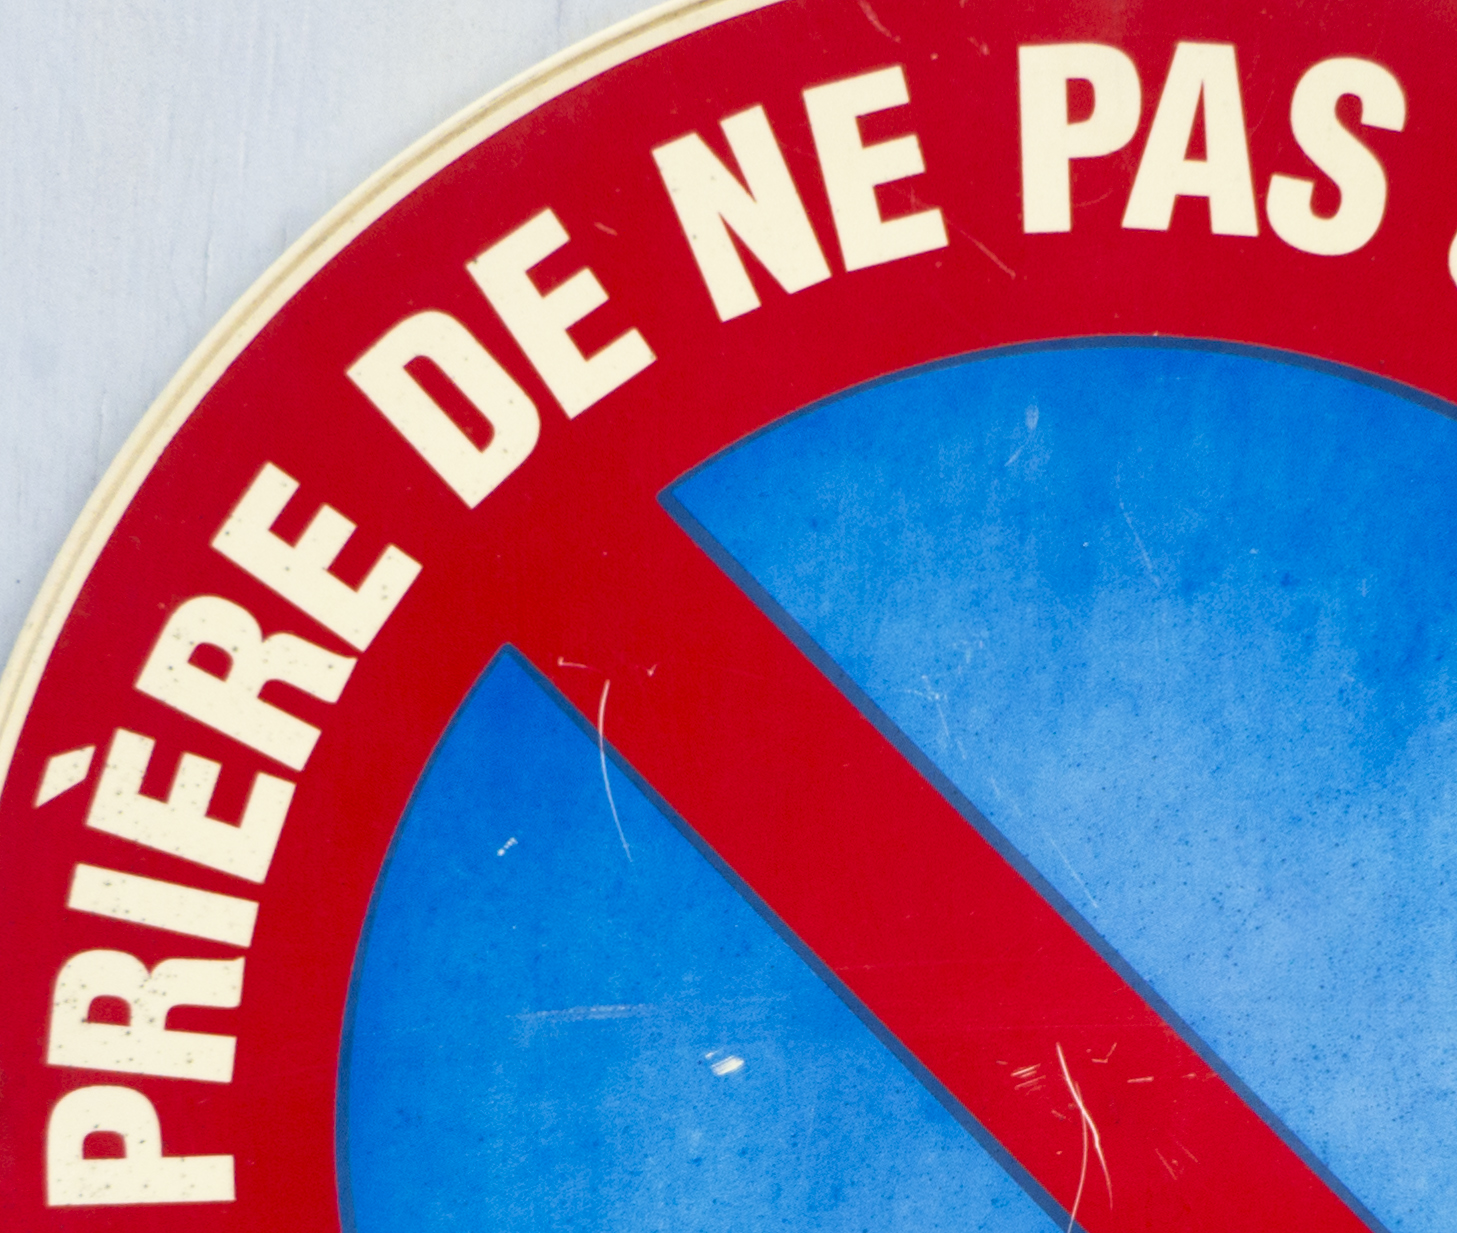
PRIERE DE NE PAS